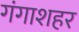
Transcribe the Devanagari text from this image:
गंगाशहर